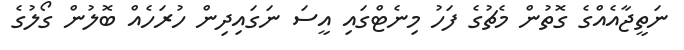
ނަތީޖާއެއްގެ ގޮތުން މެޗުގެ ފަހު މިނެޓްގައި އީސަ ނަގައިދިން ހުރަހެއް ބޮލުން ގޯލުގެ